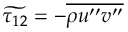
\widetilde { \tau _ { 1 2 } } = - \overline { { \rho u ^ { \prime \prime } v ^ { \prime \prime } } }